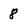
Character: 8